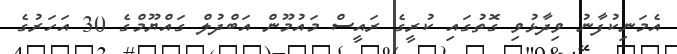
އެމަނިކުފާނު ވިދާޅުވި ގޮތުގައި ކުރީގެ ރައީސް މައުމޫން އަބްދުލް ގައްޔޫމްގެ 30 އަހަރުގެ